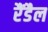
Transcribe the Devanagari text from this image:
रैंडैल